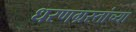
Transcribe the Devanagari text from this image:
धरणग्रस्तांच्या